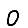
Digit: 0